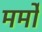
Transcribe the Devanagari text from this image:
मर्मों